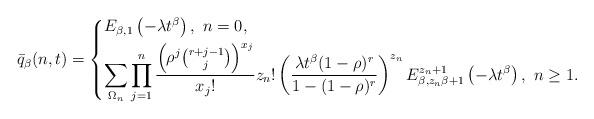
LaTeX: \begin{align*}\bar{q}_{\beta}(n,t)=\begin{cases*}E_{\beta, 1}\left(-\lambda t^{\beta}\right),\ n=0,\\\displaystyle\sum_{\Omega_{n}}\prod_{j=1}^{n}\frac{\left(\rho^{j}\binom{r+j-1}{j}\right)^{x_{j}}}{x_{j}!}z_{n}!\left(\frac{\lambda t^{\beta}(1-\rho)^{r}}{1-(1-\rho)^{r}}\right)^{z_{n}}E_{\beta, z_{n}\beta +1}^{z_{n}+1}\left(-\lambda t^{\beta}\right),\ n\ge1.\end{cases*}\end{align*}